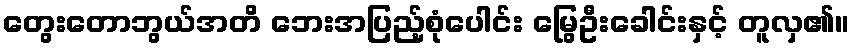
တွေးတောဘွယ်အတိ ဘေးအပြည့်စုံပေါင်း မြွေဦးခေါင်းနှင့် တူလှ၏။